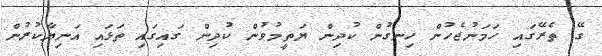
ގޭ ތެރޭގައި ހަމަނުޖެހުން ހިނގުން ކުދިން ޔަތީމުވުން ކުދިން ގައިގައި ތަޅައި އަނިޔާކުރުން